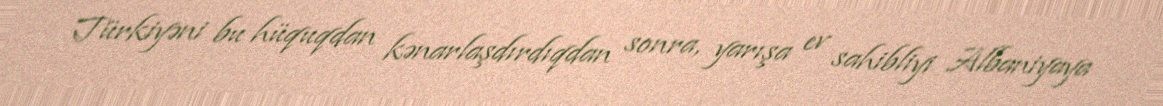
Türkiyəni bu hüquqdan kənarlaşdırdıqdan sonra, yarışa ev sahibliyi Albaniyaya